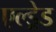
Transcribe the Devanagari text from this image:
एल्ड्रेड